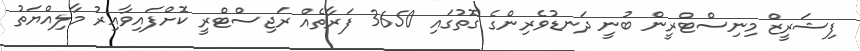
ފިޝަރީޒް މިނިސްޓްރީން ބުނީ ދަނޑުވެރިންގެ ގޮތުގައި 3650 ފަރާތެއް ރަޖިސްޓްރީ ކޮށްފައިވާއިރު މާލިއްޔަތު